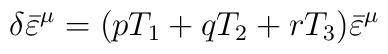
\delta{\bar\varepsilon}^{\mu} = (pT_1 + qT_2 + rT_3){\bar\varepsilon}^{\mu}